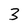
Character: 3